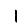
Digit: 1